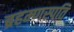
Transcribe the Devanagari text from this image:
ब्रहम्णस्पति